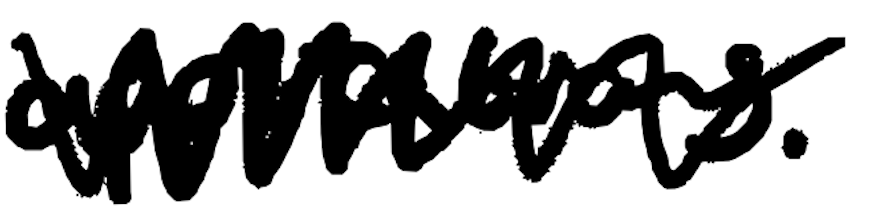
Text: applications.
Cross-out: mix
Writing tool: digital_black